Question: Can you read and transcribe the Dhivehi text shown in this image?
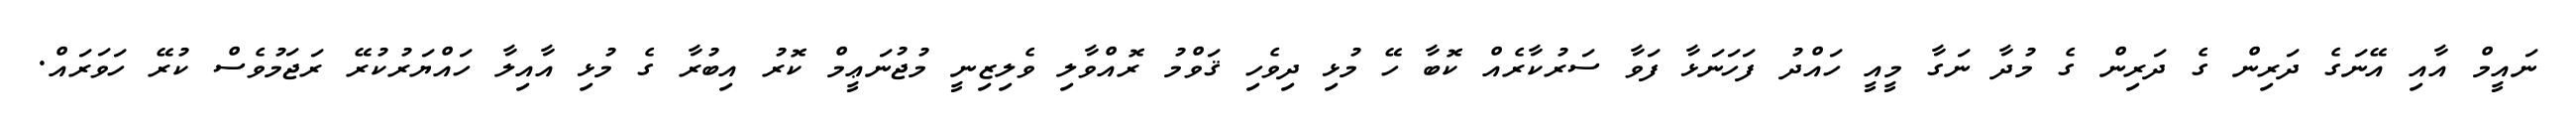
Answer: ނައީމް އާއި އޭނަގެ ދަރިން ގެ ދަރިން ގެ މުދާ ނަގާ މީއީ ހައްދު ފަހަނަޅާ ފަވާ ސަރުކާރެއް ކޮބާ ހޭ މުޅި ދިވެހި ޤަވްމު ރޮއްވާލި ވެލިޒިނީ މުޖުނަޢީމް ކޮރު އިބުރާ ގެ މުޅި އާއިލާ ހައްޔަރުކުރޭ ރަޖަމުވެސް ކުރޭ ހަވަރައް.